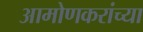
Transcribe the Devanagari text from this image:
आमोणकरांच्या